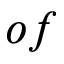
o f